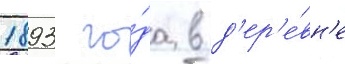
1893 го́да в д'ер'е́вн'е